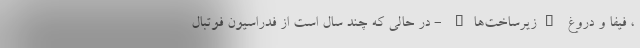
، فیفا و دروغ "زیرساخت‌ها" - در حالی که چند سال است از فدراسیون فوتبال